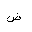
Letter: _dad